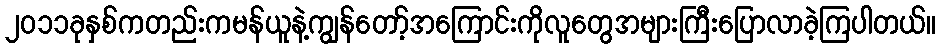
၂၀၁၁ခုနှစ်ကတည်းကမန်ယူနဲ့ကျွန်တော့်အကြောင်းကိုလူတွေအများကြီးပြောလာခဲ့ကြပါတယ်။